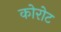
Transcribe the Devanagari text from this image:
कोरोट